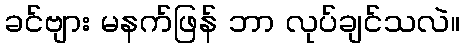
ခင်ဗျား မနက်ဖြန် ဘာ လုပ်ချင်သလဲ။